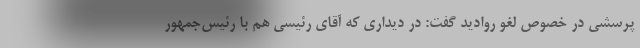
پرسشی در خصوص لغو روادید گفت: در دیداری که آقای رئیسی هم با رئیس‌جمهور